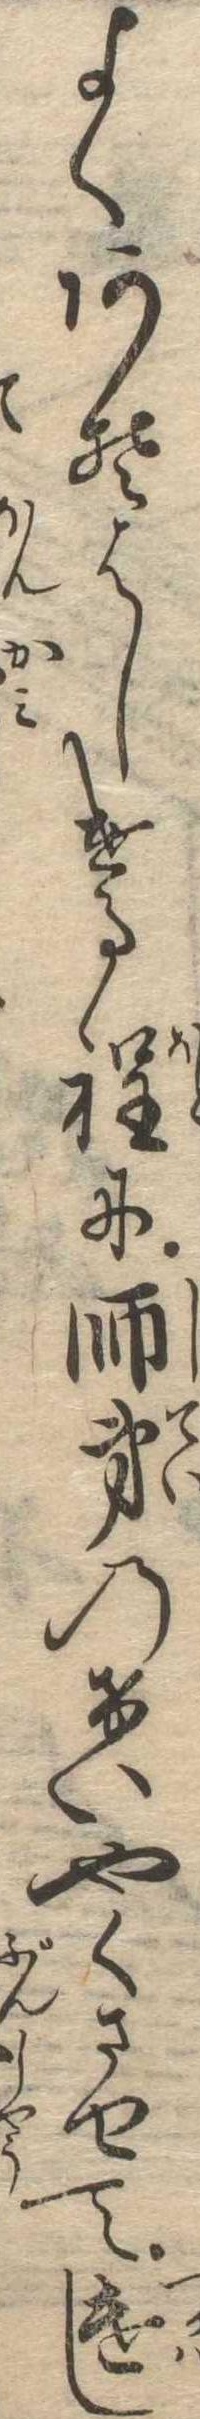
よくあそはしける程に師弟のけいやくさせて遣し